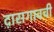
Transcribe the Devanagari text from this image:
द़ासगावची